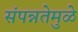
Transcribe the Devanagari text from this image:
संपन्नतेमुळे